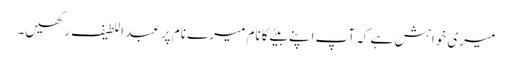
میری خواہش ہے کہ آپ اپنے بیٹے کا نام میرے نام پر عبد اللطیف رکھیں۔